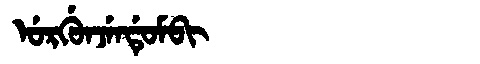
Manchu: ᡠᡵᡤᡠᠨᠵᡝᠨᡩᡠᠮᠪᡳ
Romanization: URGUNJENDUMBI